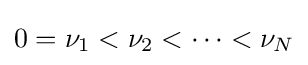
0=\nu _{1}<\nu _{2}<\dots <\nu _{N}